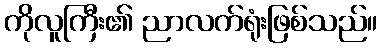
ကိုလူကြီး၏ ညာလက်ရုံးဖြစ်သည်။